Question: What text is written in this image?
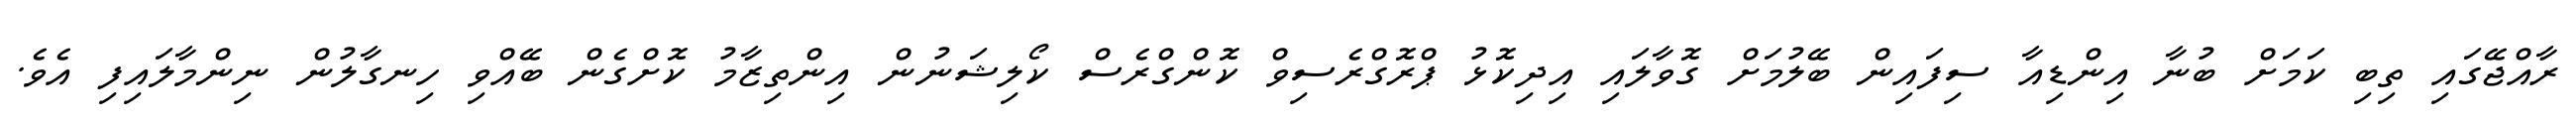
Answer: ރާއްޖޭގައި ތިބި ކަމަށް ބުނާ އިންޑިއާ ސިފައިން ބޭލުމަށް ގޮވާލައި އިދިކޮޅު ޕްރޮގްރެސިވް ކޮންގްރެސް ކޯލިޝަނުން އިންތިޒާމު ކޮށްގެން ބޭއްވި ހިނގާލުން ނިންމާލައިފި އެވެ.